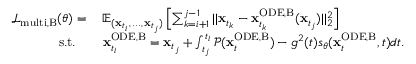
\begin{array} { r l } { \mathcal { L } _ { \mathrm { m u l t i , B } } ( \theta ) = \: } & { \mathbb { E } _ { ( \mathbf { x } _ { t _ { i } } , \, . . . , \, \mathbf { x } _ { t _ { j } } ) } \left[ \sum _ { k = i + 1 } ^ { j - 1 } | | \mathbf { x } _ { t _ { k } } - \mathbf { x } _ { t _ { k } } ^ { \mathrm { O D E , B } } ( \mathbf { x } _ { t _ { j } } ) | | _ { 2 } ^ { 2 } \right] } \\ { \mathrm { s . t . } \quad } & { \mathbf { x } _ { t _ { i } } ^ { \mathrm { O D E , B } } = \mathbf { x } _ { t _ { j } } + \int _ { t _ { j } } ^ { t _ { i } } \mathcal { P } ( \mathbf { x } _ { t } ^ { \mathrm { O D E , B } } ) - g ^ { 2 } ( t ) s _ { \theta } ( \mathbf { x } _ { t } ^ { \mathrm { O D E , B } } , t ) d t . } \end{array}